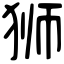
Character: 狮